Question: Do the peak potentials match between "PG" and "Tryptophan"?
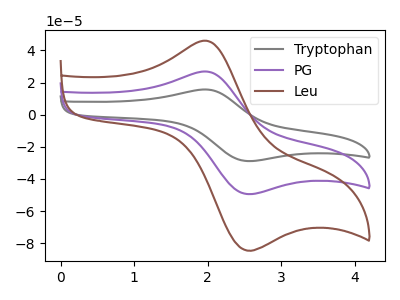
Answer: <think>The gray curve "Tryptophan" has an anodic peak at (1.95V, 53.85uA) and a cathodic peak at (2.50V, -98.25uA). The purple curve "PG" has an anodic peak at (1.95V, 26.95uA) and a cathodic peak at (2.50V, -49.15uA). The brown curve "Leu" has an anodic peak at (1.95V, 46.10uA) and a cathodic peak at (2.50V, -84.15uA).</think>
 <answer>Yes, "PG" have a peak in "Tryptophan" at the same potential.</answer>
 <eval>match</eval>